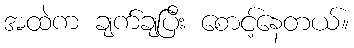
အထဲက ချက်ချပြီး စောင့်နေတယ်။